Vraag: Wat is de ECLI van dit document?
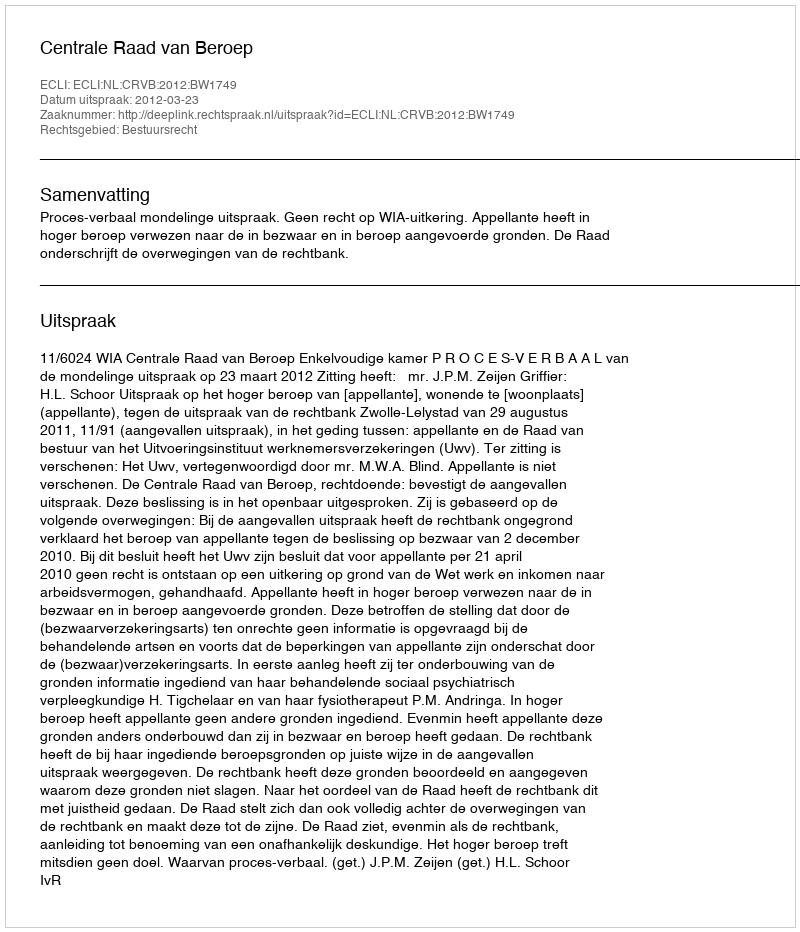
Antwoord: ECLI:NL:CRVB:2012:BW1749